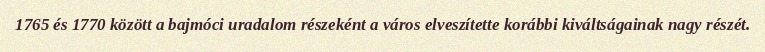
1765 és 1770 között a bajmóci uradalom részeként a város elveszítette korábbi kiváltságainak nagy részét.